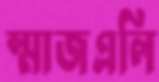
স্মাজএলি